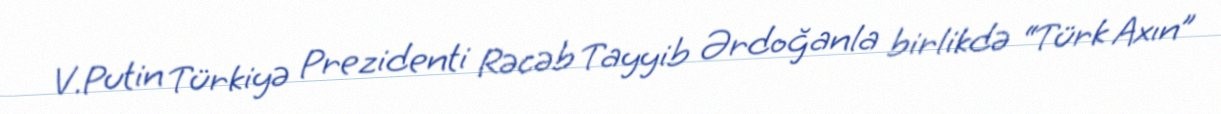
V.Putin Türkiyə Prezidenti Rəcəb Tayyib Ərdoğanla birlikdə “Türk Axın”